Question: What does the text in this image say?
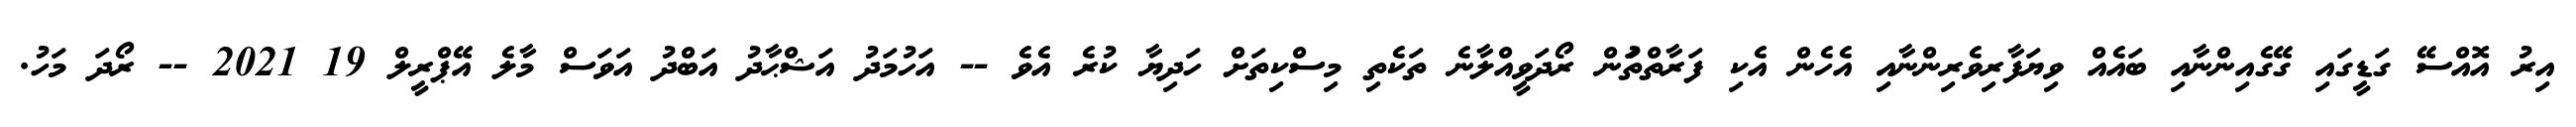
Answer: އިރު އޮއްސޭ ގަޑީގައި ގޭގެއިންނާއި ބައެއް ވިޔަފާރިވެރިންނާއި އެހެން އެކި ފަރާތްތަުން ރޯދަވީއްލާނެ ތަކެތި މިސްކިތަށް ހަދިޔާ ކުރެ އެވެ -- އަހުމަދު އަޝްޙާދު އަބްދު އަވަސް މާލެ އޭޕްރީލް 19 2021 -- ރޯދަ މަހު.